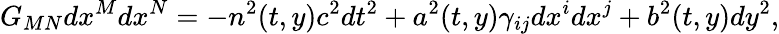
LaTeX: G_{MN}dx^{M}dx^{N}=-n^{2}(t,y)c^{2}dt^{2}+a^{2}(t,y)\gamma_{ij}dx^{i}dx^{j}+b^{2}(t,y)dy^{2},